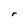
Character: r